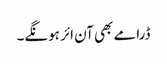
ڈرامے بھی آن ائر ہونگے۔